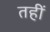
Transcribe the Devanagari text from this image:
तहीं